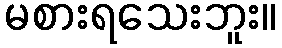
မစားရသေးဘူး။